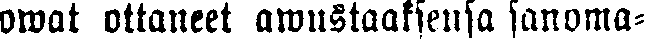
owat ottaneet awustaaksensa sanoma-